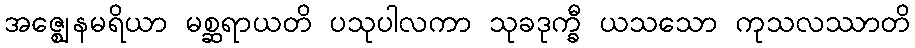
အဇ္ဈေနမရိယာ မစ္ဆရာယတိ ပသုပါလကာ သုခဒုက္ခီ ယသသော ကုသလဿာတိ